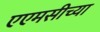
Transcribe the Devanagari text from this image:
एएमसीच्या